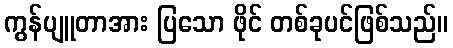
ကွန်ပျူတာအား ပြသော ဖိုင် တစ်ခုပင်ဖြစ်သည်။